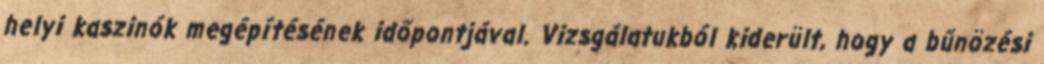
helyi kaszinók megépítésének időpontjával. Vizsgálatukból kiderült, hogy a bűnözési